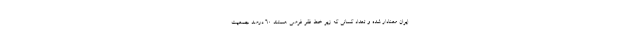
ایران معنادار شده و تعداد کسانی که زیر خط فقر فرضی هستند ۶۰ درصد جمعیت